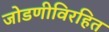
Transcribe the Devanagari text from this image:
जोडणीविरहित